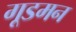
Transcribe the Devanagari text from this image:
गूडमन